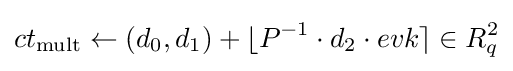
ct_{\text{mult}}\leftarrow (d_{0},d_{1})+\lfloor P^{-1}\cdot d_{2}\cdot evk\rceil \in R_{q}^{2}